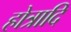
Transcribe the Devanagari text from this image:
होत्रादि